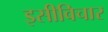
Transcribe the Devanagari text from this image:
इसीविचार